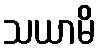
သယာမိ